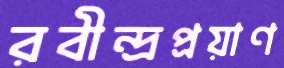
রবীন্দ্রপ্রয়াণ